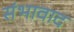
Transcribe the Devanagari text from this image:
संभावाद